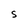
Character: S